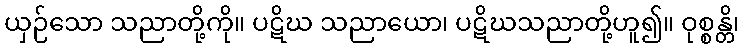
ယှဉ်သော သညာတို့ကို။ ပဋိဃ သညာယော၊ ပဋိဃသညာတို့ဟူ၍။ ဝုစ္စန္တိ၊